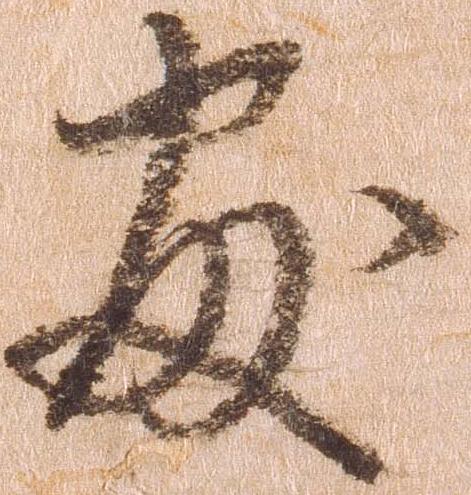
処